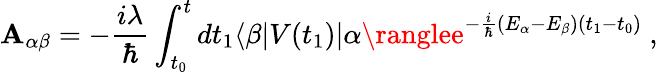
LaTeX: \mathbf{A}_{\alpha\beta}=-{\frac{{i\lambda}}{{\hbar}}}\int_{t_{0}}^{t}dt_{1}\langle\beta|V(t_{1})|\alpha\ranglee^{-{\frac{{i}}{{\hbar}}}(E_{\alpha}-E_{\beta})(t_{1}-t_{0})}~,